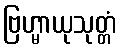
ဗြဟ္မာယုသုတ္တံ